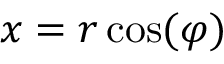
x = r \cos ( \varphi )